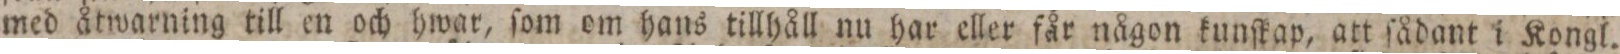
med åtwarning till en och hwar, ſom om hans tillhåll nu har eller får någon kunſkap, att ſådant i Kongl.